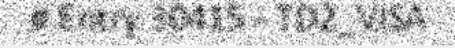
# Entry 30415 - TD2_VISA